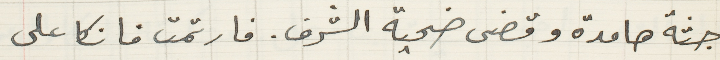
جثة هامدة وقضى ضحية الشرف. فارتمت فانكا على